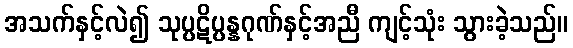
အသက်နှင့်လဲ၍ သုပ္ပဋိပ္ပန္နဂုဏ်နှင့်အညီ ကျင့်သုံး သွားခဲ့သည်။